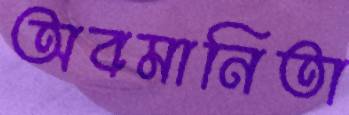
অবমানিতা